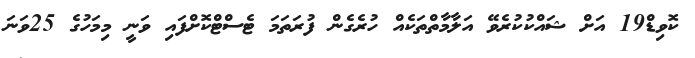
ކޮވިޑް19 އަށް ޝައްކުކުރެވޭ އަލާމާތްތަކެއް ހުރެގެން ފުރަތަމަ ޓެސްޓްކޮށްފައި ވަނީ މިމަހުގެ 25ވަނަ